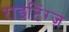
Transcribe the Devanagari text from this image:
राइटिंग्ज़